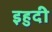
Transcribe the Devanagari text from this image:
इहुदी